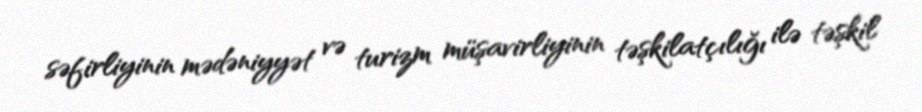
səfirliyinin mədəniyyət və turizm müşavirliyinin təşkilatçılığı ilə təşkil